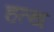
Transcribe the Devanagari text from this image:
हत्थ